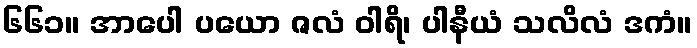
၆၆၁။ အာပေါ ပယော ဇလံ ဝါရိ၊ ပါနီယံ သလိလံ ဒကံ။